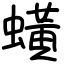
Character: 蟥